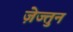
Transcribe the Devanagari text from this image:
ज़ेज्तुन